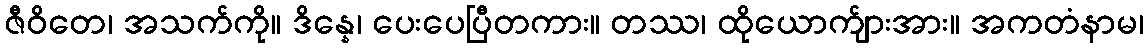
ဇီဝိတေ၊ အသက်ကို။ ဒိန္နေ၊ ပေးပေပြီတကား။ တဿ၊ ထိုယောက်ျားအား။ အကတံနာမ၊